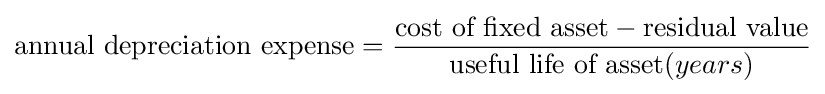
{\mbox{annual depreciation expense}}={{\mbox{cost of fixed asset}}-{\mbox{residual value}} \over {\mbox{useful life of asset}}(years)}